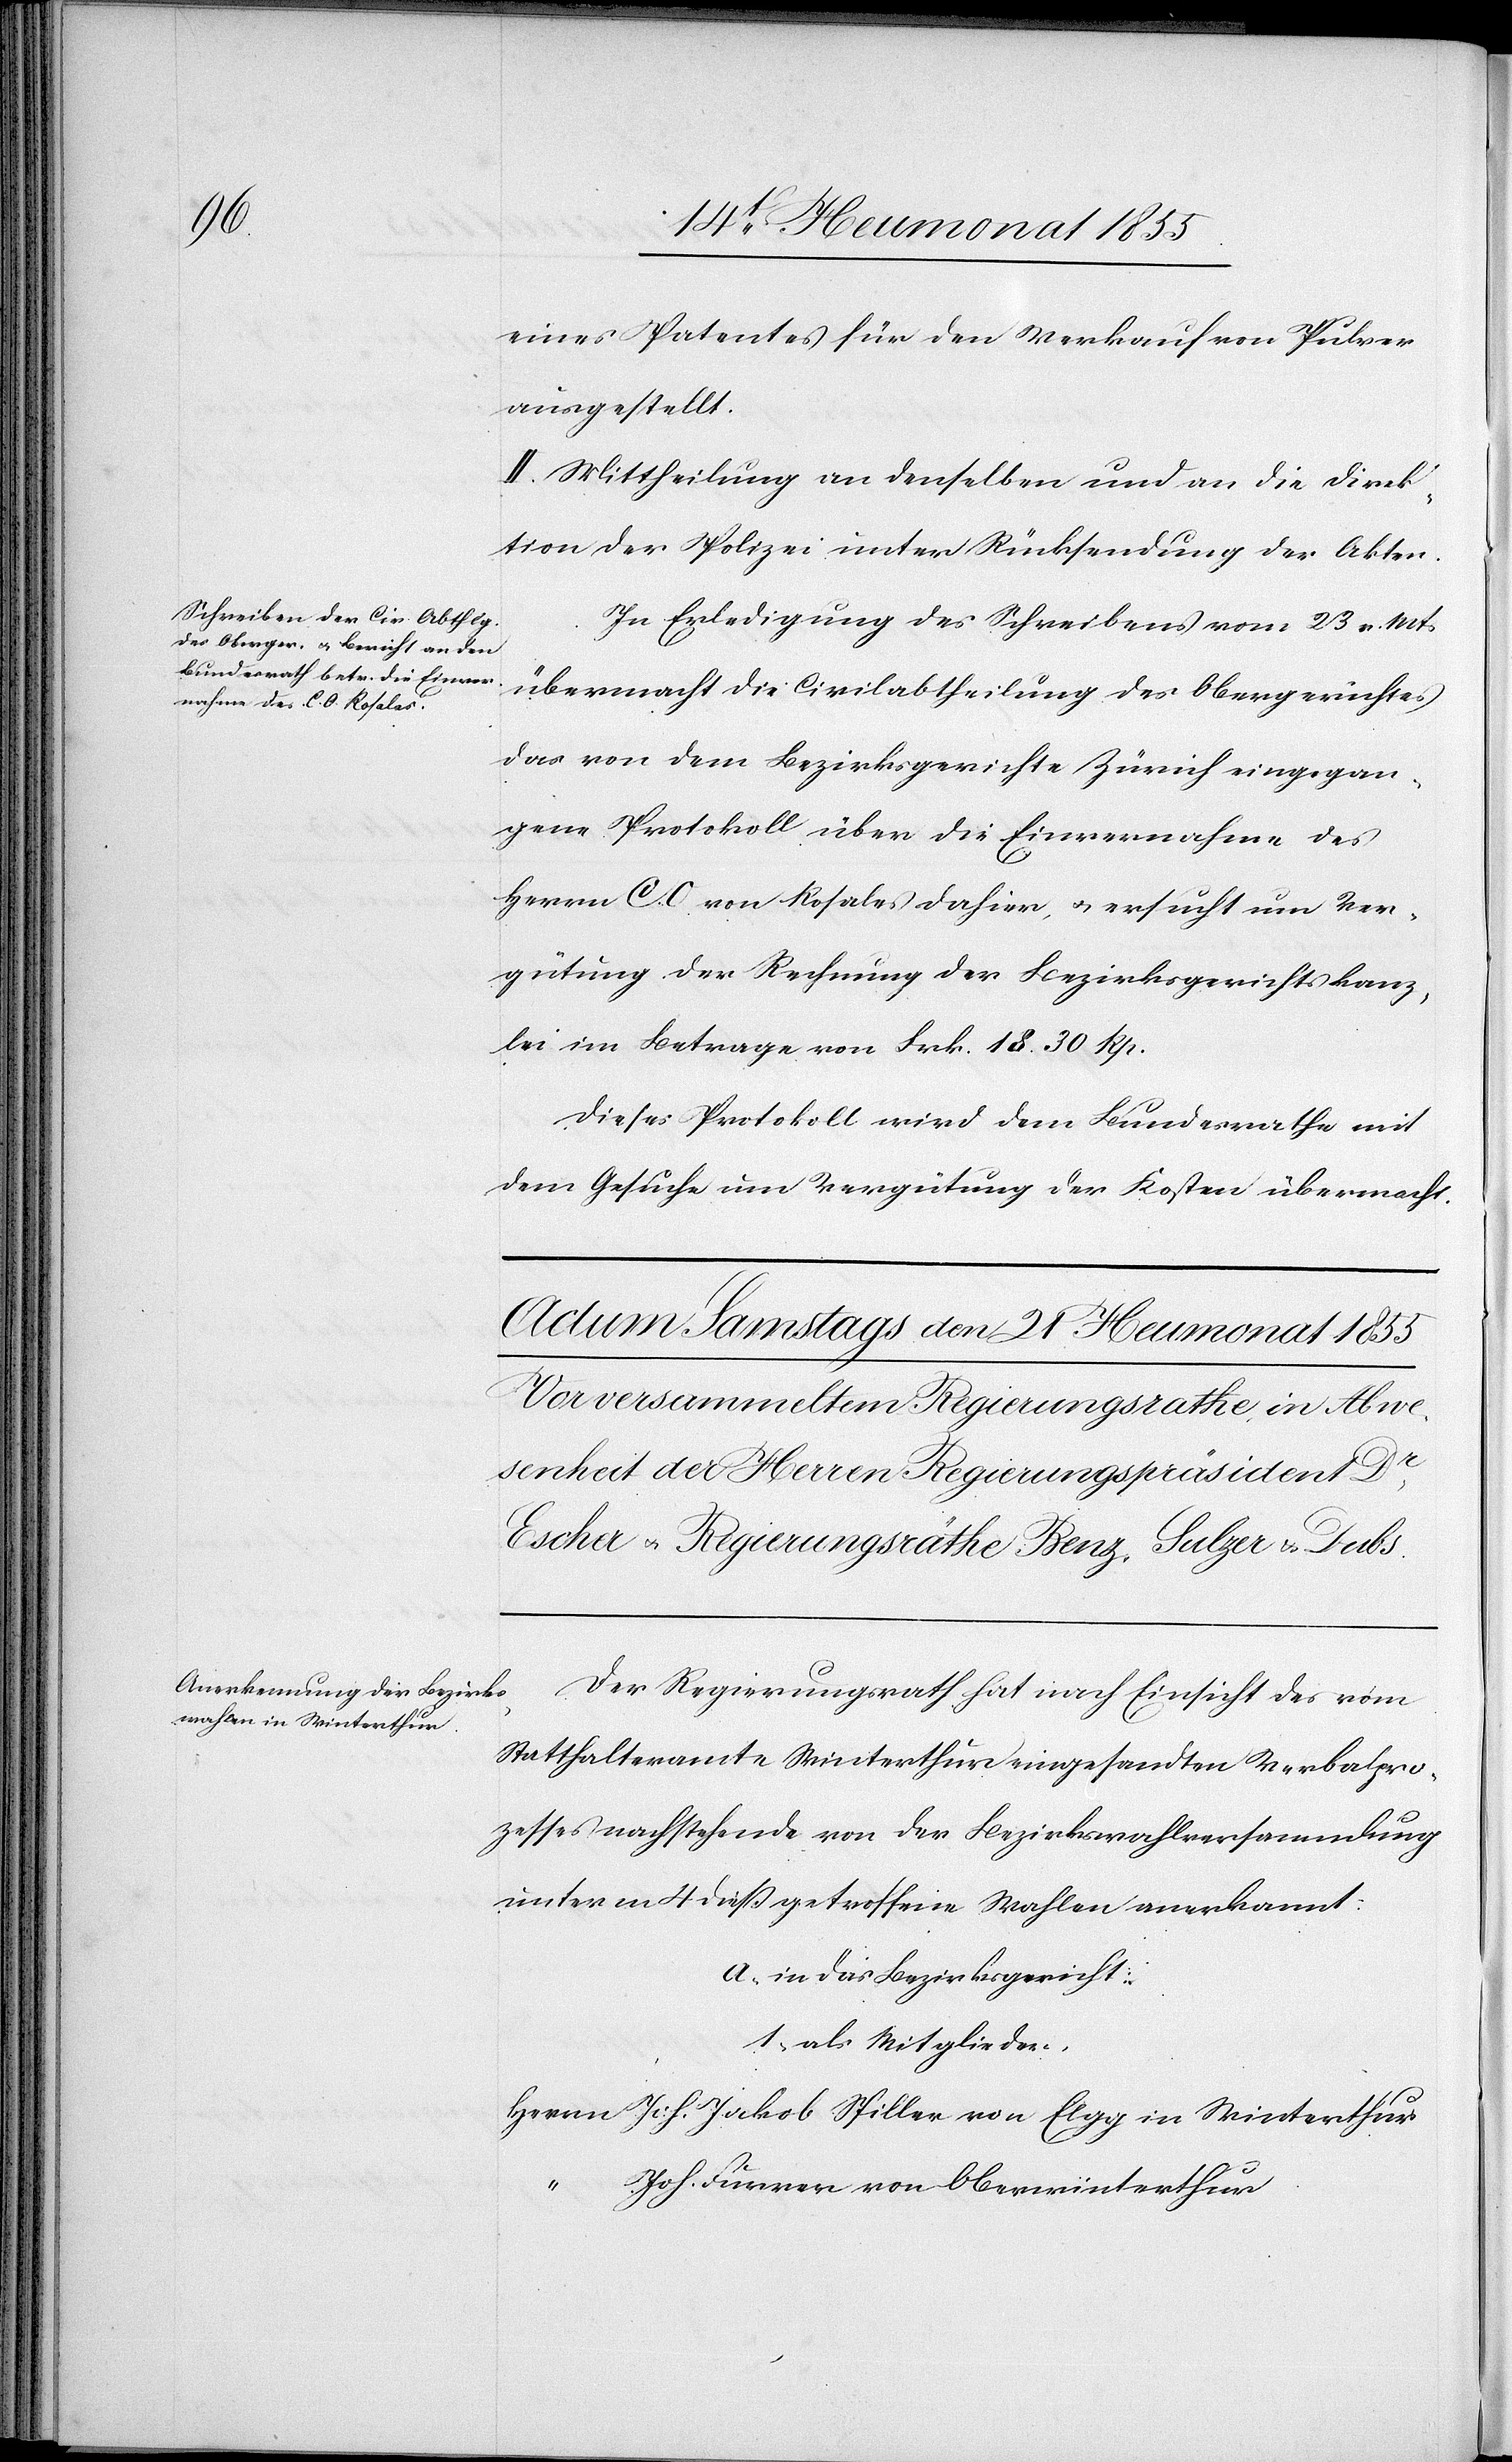
20. Heumonat 1855.]
eines Patentes für den Verkauf von Pulver
ausgestellt.
II. Mittheilung an denselben und an die Direk¬
tion der Polizei unter Rücksendung der Akten.
In Erledigung des Schreibens vom 23 v. Mts
übermacht die Civilabtheilung des Obergerichtes
das von dem Bezirksgerichte Zürich eingegan¬
gene Protokoll über die Einvernahme des
Herrn C. O von Rosales dahier, & ersucht um Ver¬
gütung der Rechnung der Bezirksgerichtskanz¬
lei im Betrage von Frk. 18. 30 Rp.
Dieses Protokoll wird dem Bundesrathe mit
dem Gesuche um Vergütung der Kosten übermacht.
Der Regierungsrath hat nach Einsicht des vom
Statthalteramte Winterthur eingesandten Verbalpro¬
zesses nachstehende von der Bezirkswahlversammlung
unterm 4 dieß getroffene Wahlen anerkannt:
a, in das Bezirksgericht:
1, als Mitglieder,
Herrn Joh. Jakob Spiller von Elgg in Winterthur
“ Joh. Furrer von Oberwinterthur